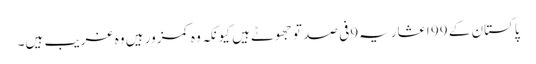
پاکستان کے 99 اعشاریہ9فی صد تو جھوٹے ہیں کیونکہ وہ کمزور ہیں وہ غریب ہیں۔